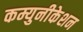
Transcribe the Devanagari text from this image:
कम्युनीकेशन